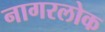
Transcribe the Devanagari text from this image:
नागरलोक